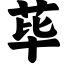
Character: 荜